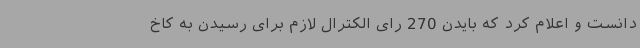
دانست و اعلام کرد که بایدن 270 رای الکترال لازم برای رسیدن به کاخ